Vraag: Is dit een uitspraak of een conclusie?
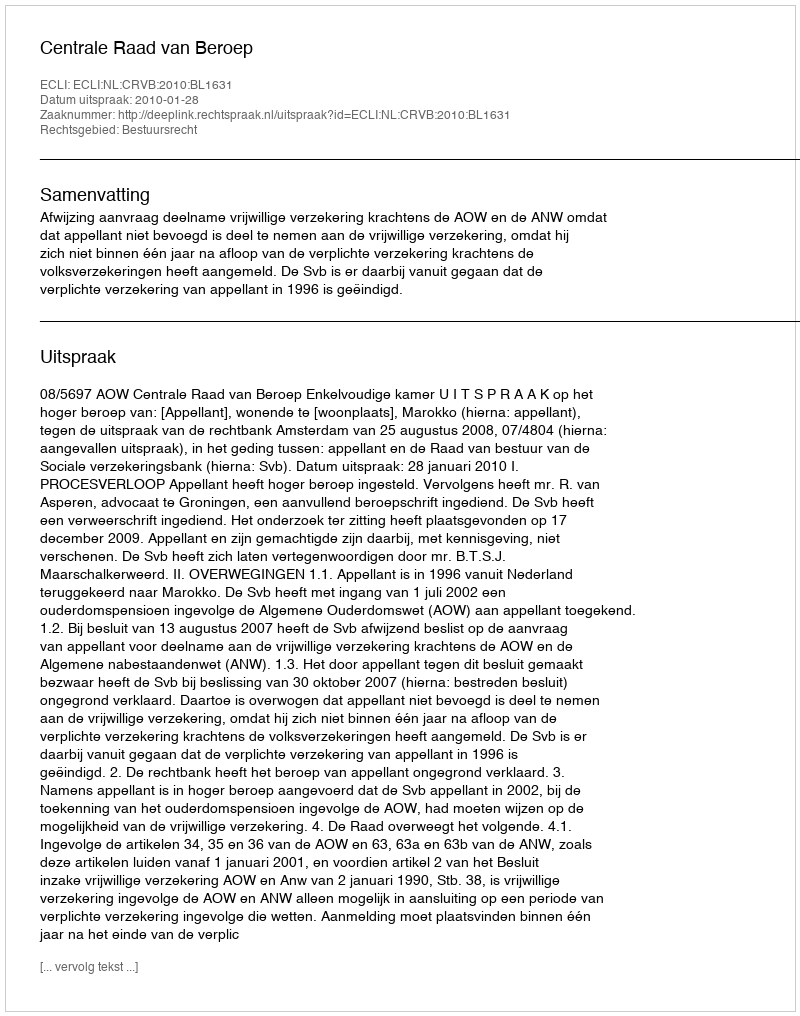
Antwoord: Uitspraak